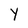
Character: Y